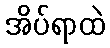
အိပ်ရာထဲ